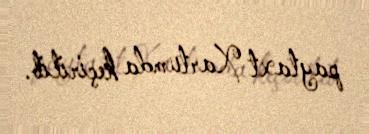
paytaxt Xartumda keçirilib.